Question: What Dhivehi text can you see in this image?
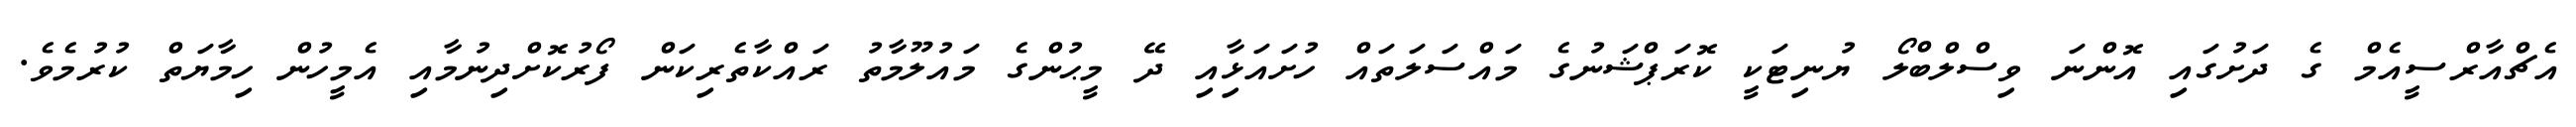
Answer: އެޗްއާރްސީއެމް ގެ ދަށުގައި އޮންނަ ވިސްލްބްލޯ ޔުނިޓަކީ ކޮރަޕްޝަނުގެ މައްސަލަތައް ހުށައަޅާިއި ދޭ މީޙުންގެ މައުލޫމާތު ރައްކާތެރިކަން ފޯރުކޮށްދިނުމާއި އެމީހުން ހިމާޔަތް ކުރުމެވެ.